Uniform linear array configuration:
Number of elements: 8
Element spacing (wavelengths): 0.75
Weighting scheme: kaiser
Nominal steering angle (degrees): -45
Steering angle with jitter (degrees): -44.779
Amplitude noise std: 0.05
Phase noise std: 0.05

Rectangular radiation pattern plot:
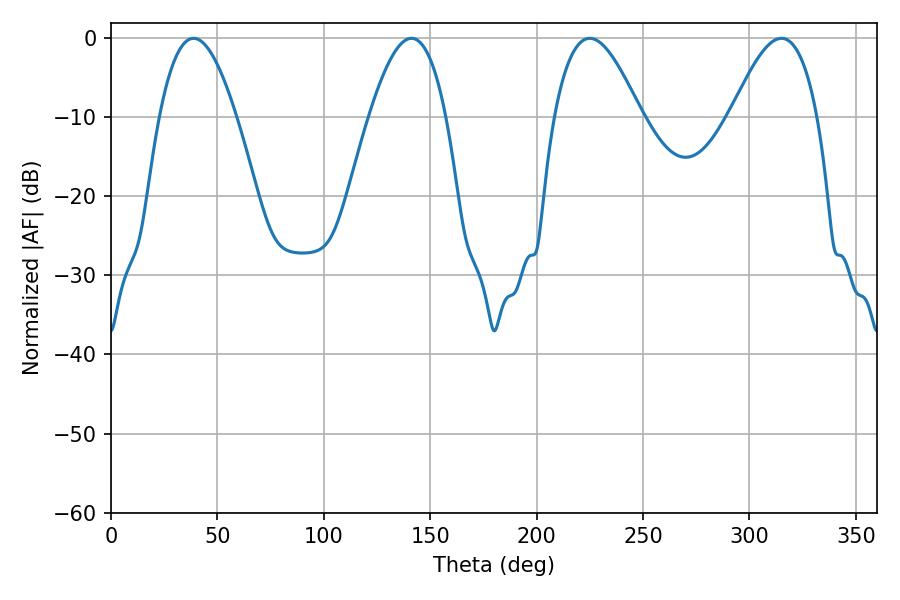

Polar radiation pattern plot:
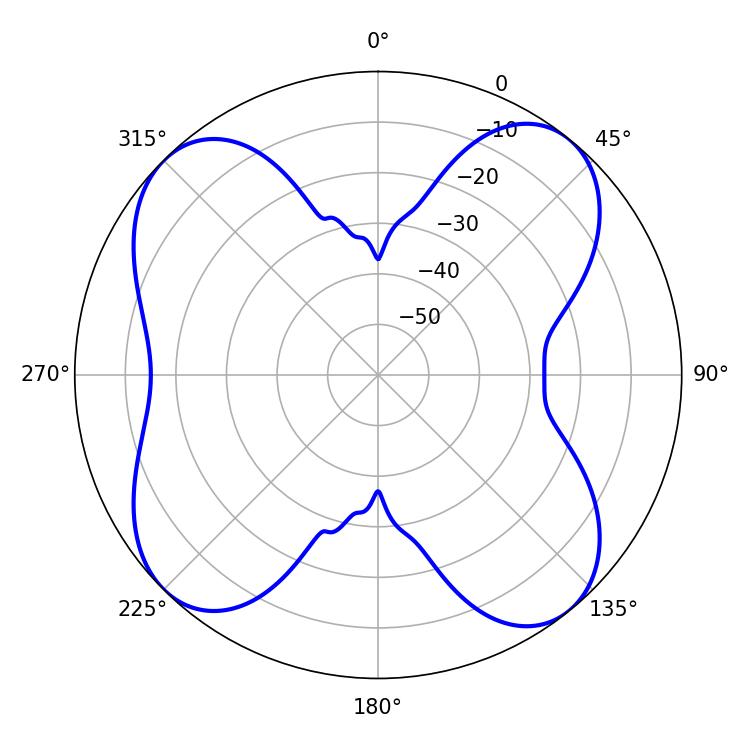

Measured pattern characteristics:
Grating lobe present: TRUE
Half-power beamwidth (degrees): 22.14
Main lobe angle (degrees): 225